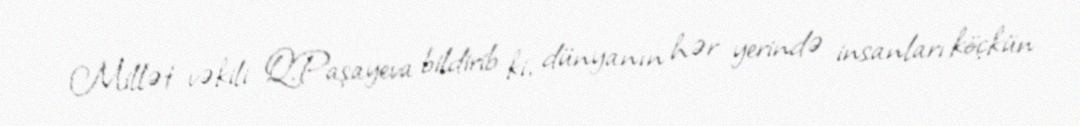
Millət vəkili Q.Paşayeva bildirib ki, dünyanın hər yerində insanları köçkün